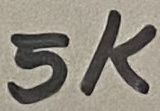
Text: 5KΩ